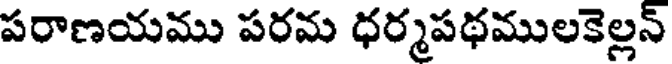
పరాణయము పరమ ధర్మపథములకెల్లన్